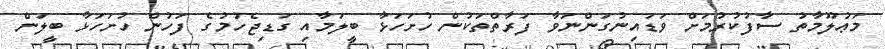
މަޢުލޫމާތު ސާފުކުރުމަށް ވަޑައިނުގަންނަވާ ފަރާތްތަކުން ހުށަހަޅާ ބީލަމާއި ގަޑިޖެހުމުގެ ފަހުން ހުށަހަޅާ ބީލަން